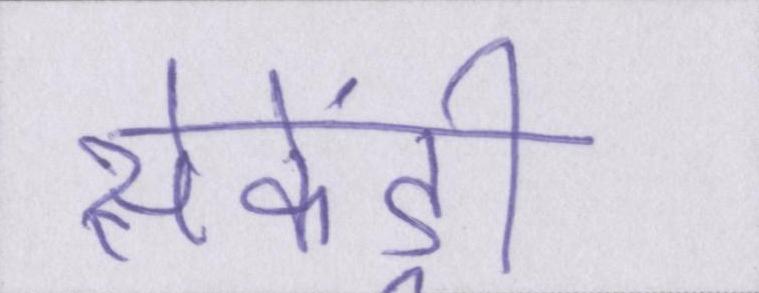
सेकेंड्री